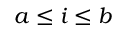
a \leq i \leq b